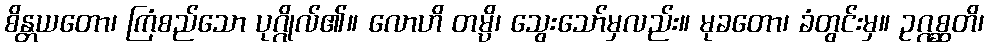
စိန္တယတော၊ ကြံစည်သော ပုဂ္ဂိုလ်၏။ လောဟိ တမ္ပိ၊ သွေးသော်မှလည်း။ မုခတော၊ ခံတွင်းမှ။ ဥဂ္ဂစ္ဆတိ၊